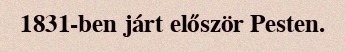
1831-ben járt először Pesten.